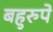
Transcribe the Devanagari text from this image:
बहुरुपे